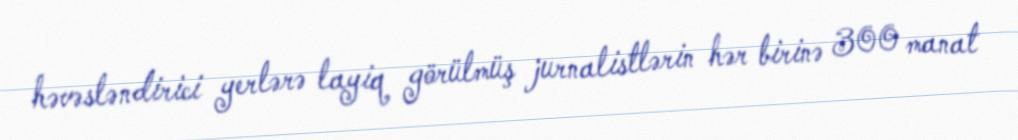
həvəsləndirici yerlərə layiq görülmüş jurnalistlərin hər birinə 300 manat